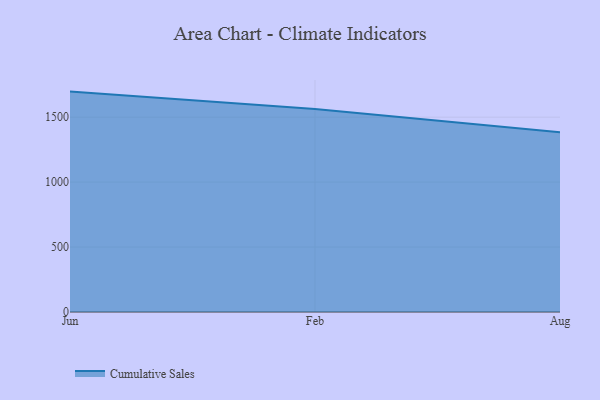
{"axis": {"x": "Month", "y": "Latency (ms)"}, "legend": ["Cumulative Sales"], "data": [{"x": "Jun", "y": 1696.8, "type": "Cumulative Sales"}, {"x": "Feb", "y": 1562.6, "type": "Cumulative Sales"}, {"x": "Aug", "y": 1383.2, "type": "Cumulative Sales"}]}